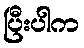
ပြီးပါက